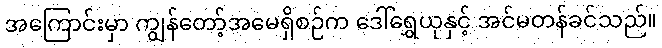
အကြောင်းမှာ ကျွန်တော့်အမေရှိစဉ်က ဒေါ်ရွှေယုနှင့် အင်မတန်ခင်သည်။